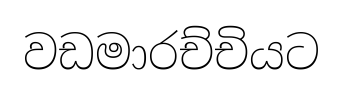
වඩමාරච්චියට